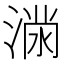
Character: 𭱪